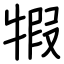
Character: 犌